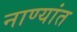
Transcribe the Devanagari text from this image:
नाण्यांत